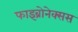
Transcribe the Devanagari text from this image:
फाइब्रोनेक्सस